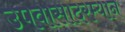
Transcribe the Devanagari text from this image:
उपवासादरम्यान